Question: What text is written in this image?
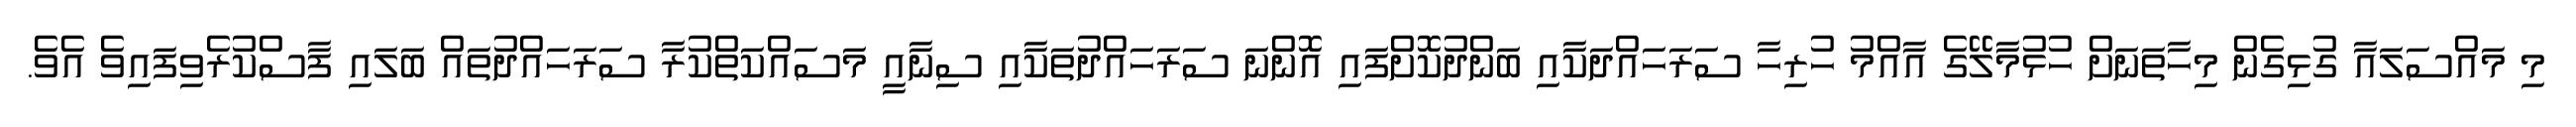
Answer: މި މައްސަލައާ ގުޅިގެން މިހާތަނަށް ހުޅުމާލޭގެ އާއްމު ހުރިހާ ސަރަހައްދަކާއި ބަންދުކޮށްފައި އޮންނަ ސަރަހައްދުތަކާއި ސިނާއީ މަސައްކަތްކުރާ ސަރަހައްދުތައް ބަލައި ފާސްކުރެވިފައިވެ އެވެ.